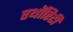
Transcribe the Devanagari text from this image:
एथॉरिटी